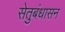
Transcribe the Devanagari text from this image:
सेतुबंधासन